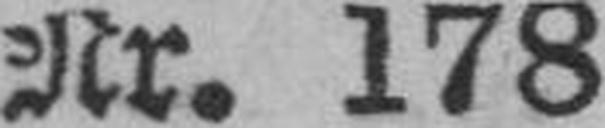
Nr. 178